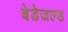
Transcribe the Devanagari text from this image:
बेडेजल्ड